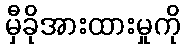
မှီခိုအားထားမှုကို